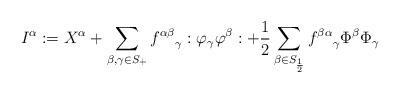
LaTeX: \begin{align*}I^\alpha := X^\alpha + \sum_{\beta, \gamma \in S_+} {f^{\alpha \beta }}_\gamma :\varphi_\gamma\varphi^\beta: + \frac{1}{2} \sum_{\beta \in S_{\frac{1}{2}}} {f^{\beta\alpha}}_\gamma \Phi^\beta\Phi_\gamma\end{align*}